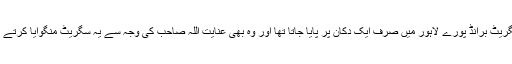
یہ سگریٹ برانڈ پورے لاہور میں صرف ایک دکان پر پایا جاتا تھا اور وہ بھی عنایت اللہ صاحب کی وجہ سے یہ سگریٹ منگوایا کرتے تھے۔